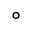
^ \circ